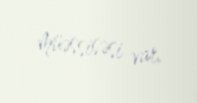
müəssisəsi var.